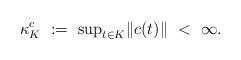
LaTeX: \begin{align*}\kappa^c_K\ := \ {\sup}_{t\in K} \|c(t)\|\ <\ \infty. \end{align*}